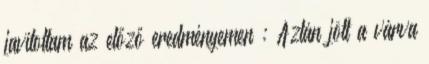
javítottam az előző eredményemen : Aztán jött a várva